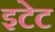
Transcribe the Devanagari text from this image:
इटेट